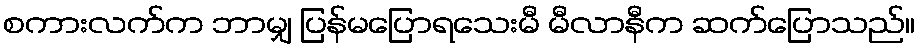
စကားလက်က ဘာမျှ ပြန်မပြောရသေးမီ မီလာနီက ဆက်ပြောသည်။